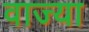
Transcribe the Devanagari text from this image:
वाज्या